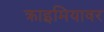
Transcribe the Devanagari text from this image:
क्राइमियावर